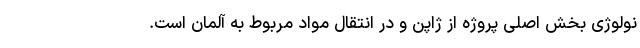
نولوژی بخش اصلی پروژه از ژاپن و در انتقال مواد مربوط به آلمان است.